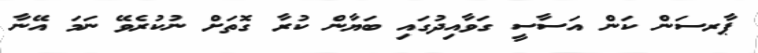
ޕާރސަން ކަން އަސާސީ ގަވާއިދުގައި ބަޔާން ކުރާ ގޮތަށް ނުކުރެވޭ ނަމަ އޭނާ